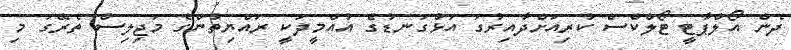
ދެން އޯލްޕާޓީ ޓޯލްކްސް ކުރިއަށްދާއިރުގަ އަޅުގަނޑުގެ އުއްމީދަކީ ރައްޔިތުންގެ މަޖިލިސް ތެރޭގަ މި